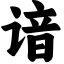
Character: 谙